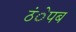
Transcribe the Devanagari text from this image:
ठंेपब